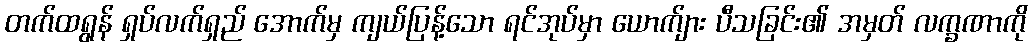
တက်ထရွန် ရှပ်လက်ရှည် အောက်မှ ကျယ်ပြန့်သော ရင်အုပ်မှာ ယောက်ျား ပီသခြင်း၏ အမှတ် လက္ခဏာကို